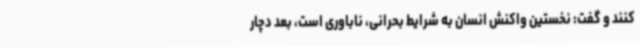
کنند و گفت: نخستین واکنش انسان به شرایط بحرانی، ناباوری است، بعد دچار